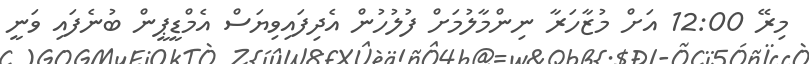
މިރޭ 12:00 އަށް މުޒާހަރާ ނިންމާލުމަށް ފުލުހުން އެދިފައިވިޔަސް އެމްޑީޕީން ބުނެފައި ވަނީ